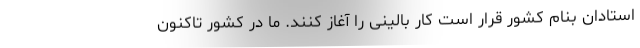
استادان بنام کشور قرار است کار بالینی را آغاز کنند. ما در کشور تاکنون